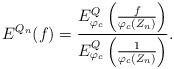
LaTeX: \begin{align*} E^{Q_n}( f )= \frac{ E_{\varphi_c}^Q \left ( \frac{f}{\varphi_c(Z_n)}\right) }{E_{\varphi_c}^Q\left ( \frac{1}{\varphi_c(Z_n)}\right)}.\end{align*}